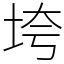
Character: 垮